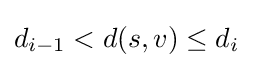
d_{i-1}<d(s,v)\leq d_{i}